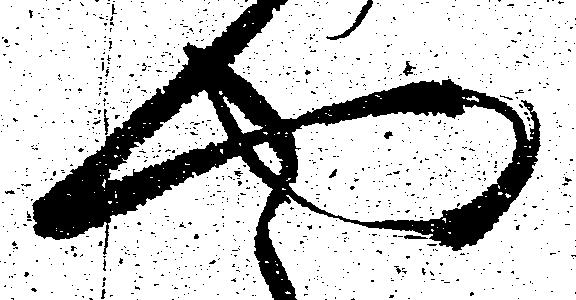
や